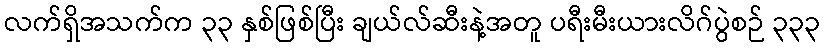
လက်ရှိအသက်က ၃၃ နှစ်ဖြစ်ပြီး ချယ်လ်ဆီးနဲ့အတူ ပရီးမီးယားလိဂ်ပွဲစဉ် ၃၃၃